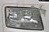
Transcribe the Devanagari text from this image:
भाग्यनिर्माण